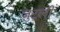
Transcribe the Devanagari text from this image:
ज़ुटूली